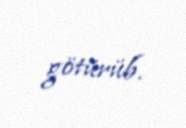
götürüb.